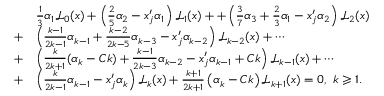
\begin{array} { r l } & { \frac 1 3 \alpha _ { 1 } \mathcal { L } _ { 0 } ( x ) + \left( \frac 2 5 \alpha _ { 2 } - x _ { j } ^ { \prime } \alpha _ { 1 } \right) \mathcal { L } _ { 1 } ( x ) + + \left( \frac 3 7 \alpha _ { 3 } + \frac 2 3 \alpha _ { 1 } - x _ { j } ^ { \prime } \alpha _ { 2 } \right) \mathcal { L } _ { 2 } ( x ) } \\ { + } & { \left( \frac { k - 1 } { 2 k - 1 } \alpha _ { k - 1 } + \frac { k - 2 } { 2 k - 5 } \alpha _ { k - 3 } - x _ { j } ^ { \prime } \alpha _ { k - 2 } \right) \mathcal { L } _ { k - 2 } ( x ) + \cdots } \\ { + } & { \left( \frac { k } { 2 k + 1 } ( \alpha _ { k } - C k ) + \frac { k - 1 } { 2 k - 3 } \alpha _ { k - 2 } - x _ { j } ^ { \prime } \alpha _ { k - 1 } + C k \right) \mathcal { L } _ { k - 1 } ( x ) + \cdots } \\ { + } & { \left( \frac { k } { 2 k - 1 } \alpha _ { k - 1 } - x _ { j } ^ { \prime } \alpha _ { k } \right) \mathcal { L } _ { k } ( x ) + \frac { k + 1 } { 2 k + 1 } \left( \alpha _ { k } - C k \right) \mathcal { L } _ { k + 1 } ( x ) = 0 , \ k \geqslant 1 . } \end{array}